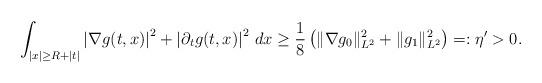
LaTeX: \begin{align*} \int_{|x|\geq R+|t|}\left|\nabla g(t,x)\right|^2 + \left| \partial_tg(t,x) \right|^2\,dx\geq\frac{1}{8}\left( \|\nabla g_0\|_{L^2}^2+\|g_1\|^2_{L^2} \right)=: \eta'>0.\end{align*}